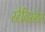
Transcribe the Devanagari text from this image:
स्टैनिस्लैस